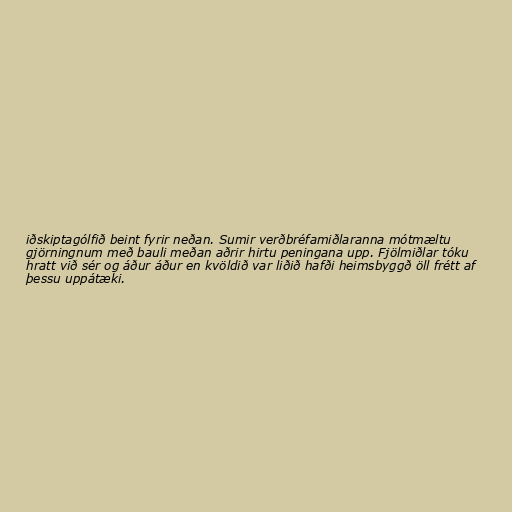
iðskiptagólfið beint fyrir neðan. Sumir verðbréfamiðlaranna mótmæltu
gjörningnum með bauli meðan aðrir hirtu peningana upp. Fjölmiðlar tóku
hratt við sér og áður áður en kvöldið var liðið hafði heimsbyggð öll frétt af
þessu uppátæki.